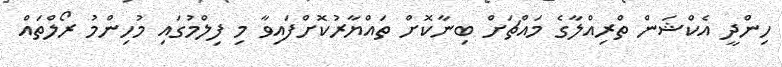
ހިންދީ އެކްޝަން ތްރިއްލާގެ މައްޗަށް ބިނާކޮށް ތައްޔާރުކޮށްފައިވާ މި ފިލްމުގައި މުހިންމު ރޯލްތައް